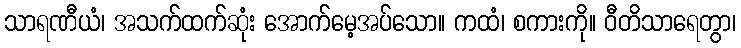
သာရဏီယံ၊ အသက်ထက်ဆုံး အောက်မေ့အပ်သော။ ကထံ၊ စကားကို။ ဝီတိသာရေတွာ၊